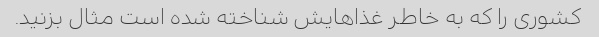
کشوری را که به خاطر غذاهایش شناخته شده است مثال بزنید.